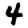
Digit: 4